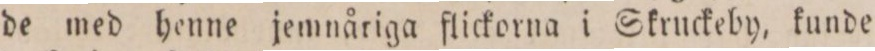
de med henne jemnåriga flickorna i Skruckeby, kunde